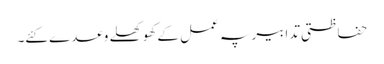
حفاظتی تدابیر پہ عمل کے کھوکھلے وعدے کئے۔